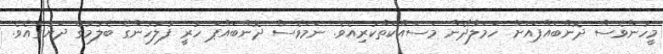
މީހުންވެސް ދޮންބައްޕައަށް ހަމަލާދޭން މަސައްކަތްކުރިއެވެ. ނަމަވެސް ދޮންބައްޕަ ހުރީ ފުލުހުންގެ ބެލުމުގެ ދަށުގައެވެ.